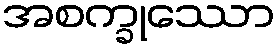
အစက္ခုဿော